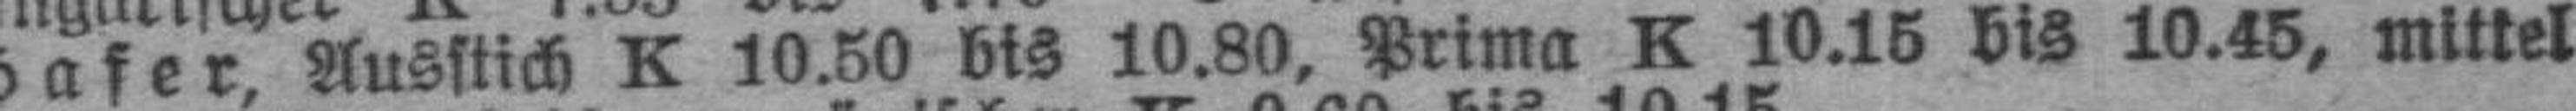
Hafer, Ausstich K 10.50 bis 10.80, Prima K 10.15 bis 10.45, mittel